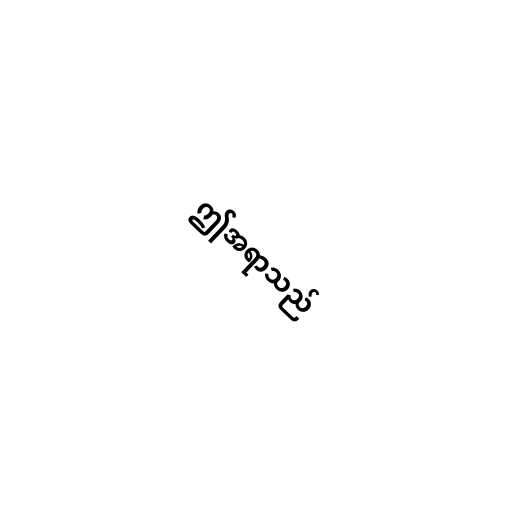
ဤအရာသည်